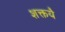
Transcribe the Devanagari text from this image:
शक्तयै